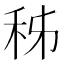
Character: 秭